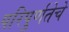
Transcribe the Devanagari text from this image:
परिपुर्णतेचे